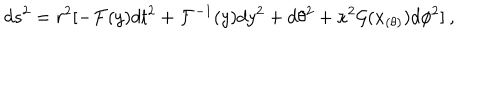
LaTeX: d s ^ { 2 } = r ^ { 2 } [ - { \cal F } ( y ) d t ^ { 2 } + { \cal F } ^ { - 1 } ( y ) d y ^ { 2 } + d \theta ^ { 2 } + \kappa ^ { 2 } { \cal { G } } ( x _ { ( \theta ) } ) d \phi ^ { 2 } ] \: ,